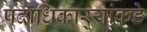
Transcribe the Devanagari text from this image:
पदाधिकार्‍यांकडे